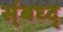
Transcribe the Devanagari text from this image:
स्ंबध्द्